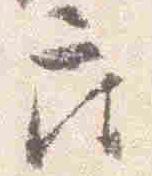
座